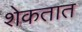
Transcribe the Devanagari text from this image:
शेकतात